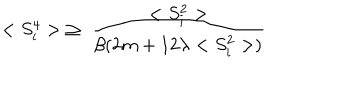
LaTeX: < S _ { i } ^ { 4 } > \; \ge \; \frac { < S _ { i } ^ { 2 } > } { \beta ( 2 m + 1 2 \lambda < S _ { i } ^ { 2 } > ) }